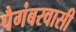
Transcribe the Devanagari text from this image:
पैगंबरवासी